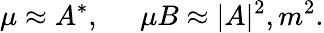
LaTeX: \mu\approx A^{*},\; \; \; \; \; \mu B\approx|A|^{2},m^{2}.